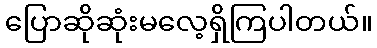
ပြောဆိုဆုံးမလေ့ရှိကြပါတယ်။